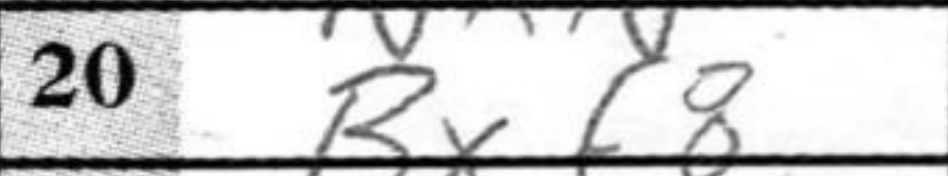
Transcription: Bxf8